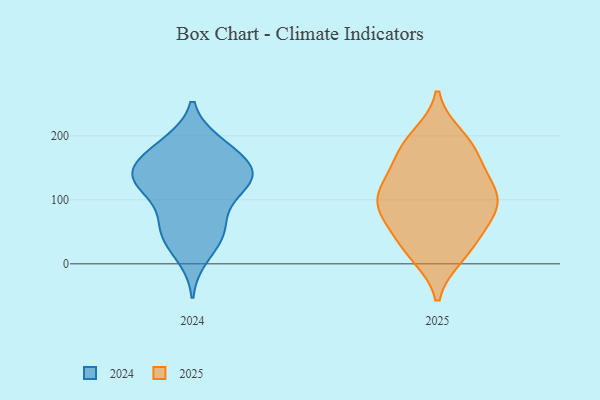
{"axis": {"x": "Operating Costs (USD K)", "y": "Value"}, "legend": ["2024", "2025"], "data": [{"x": "", "y": 183, "type": "2024"}, {"x": "", "y": 189, "type": "2024"}, {"x": "", "y": 57, "type": "2024"}, {"x": "", "y": 126, "type": "2024"}, {"x": "", "y": 152, "type": "2024"}, {"x": "", "y": 130, "type": "2024"}, {"x": "", "y": 11, "type": "2024"}, {"x": "", "y": 53, "type": "2024"}, {"x": "", "y": 53, "type": "2024"}, {"x": "", "y": 93, "type": "2024"}, {"x": "", "y": 136, "type": "2024"}, {"x": "", "y": 150, "type": "2024"}, {"x": "", "y": 37, "type": "2024"}, {"x": "", "y": 157, "type": "2024"}, {"x": "", "y": 185, "type": "2024"}, {"x": "", "y": 110, "type": "2024"}, {"x": "", "y": 138, "type": "2024"}, {"x": "", "y": 130, "type": "2024"}, {"x": "", "y": 88, "type": "2025"}, {"x": "", "y": 198, "type": "2025"}, {"x": "", "y": 128, "type": "2025"}, {"x": "", "y": 182, "type": "2025"}, {"x": "", "y": 165, "type": "2025"}, {"x": "", "y": 116, "type": "2025"}, {"x": "", "y": 97, "type": "2025"}, {"x": "", "y": 71, "type": "2025"}, {"x": "", "y": 134, "type": "2025"}, {"x": "", "y": 57, "type": "2025"}, {"x": "", "y": 14, "type": "2025"}, {"x": "", "y": 102, "type": "2025"}, {"x": "", "y": 32, "type": "2025"}, {"x": "", "y": 18, "type": "2025"}, {"x": "", "y": 185, "type": "2025"}, {"x": "", "y": 89, "type": "2025"}]}